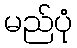
မည်ပုံ